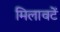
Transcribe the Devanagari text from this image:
मिलावटें